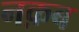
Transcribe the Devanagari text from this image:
नक़ब